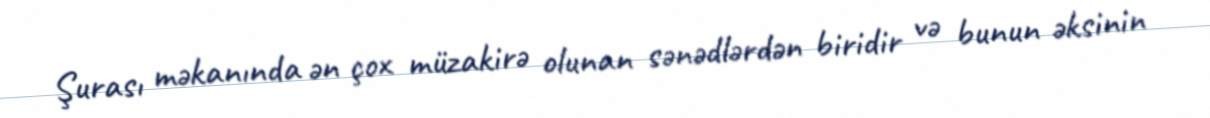
Şurası məkanında ən çox müzakirə olunan sənədlərdən biridir və bunun əksinin